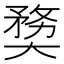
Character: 奦